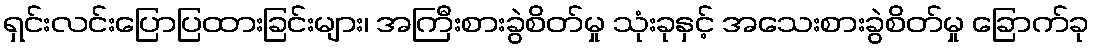
ရှင်းလင်းပြောပြထားခြင်းများ၊ အကြီးစားခွဲစိတ်မှု သုံးခုနှင့် အသေးစားခွဲစိတ်မှု ခြောက်ခု